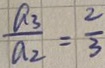
\frac { a _ { 3 } } { a _ { 2 } } = \frac { 2 } { 3 }